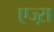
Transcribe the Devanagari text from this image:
एज्ऱा